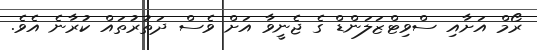
ރޯމް އަށާއި ސްވިޓްޒަލަންޑް ގެ ޖެނީވާ އަށް ވެސް ދަތުރުތައް ކުރާނެ އެވެ.